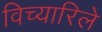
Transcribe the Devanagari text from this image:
विच्यारिले